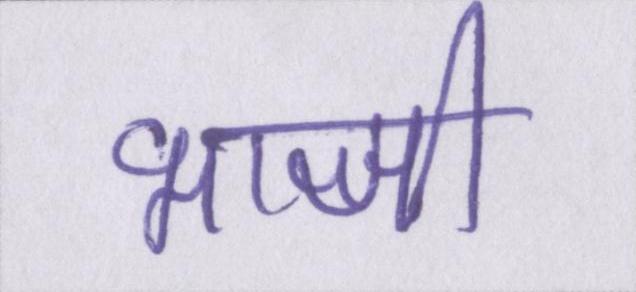
भाजी